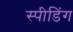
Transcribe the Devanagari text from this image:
स्‍पीडिंग